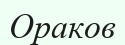
Ораков